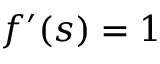
f ^ { \prime } ( s ) = 1